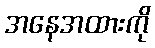
အနေအထားကို